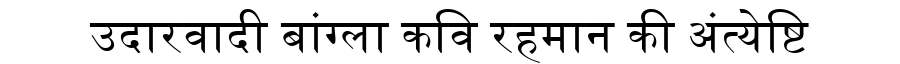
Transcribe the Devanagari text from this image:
उदारवादी बांग्ला कवि रहमान की अंत्येष्टि